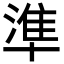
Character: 準